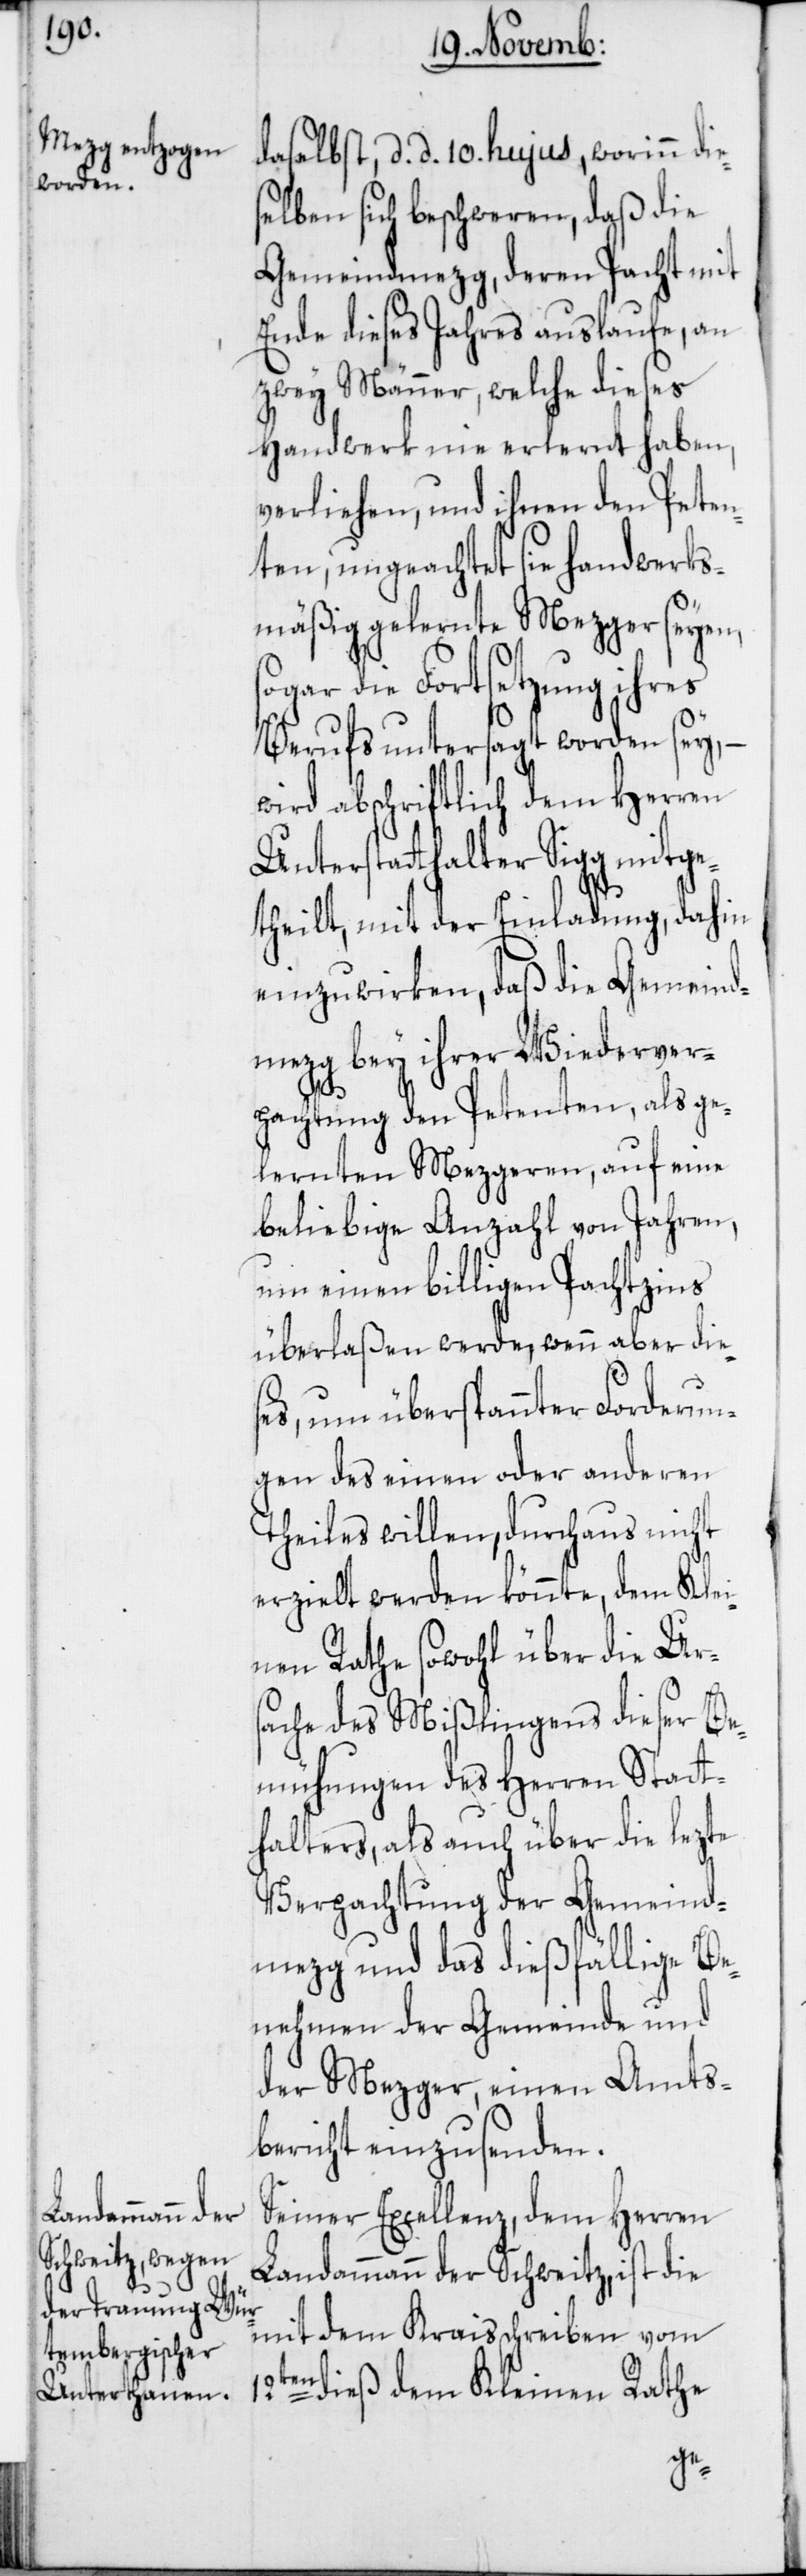
daselbst, d. d. 10ten hujus, worinn die¬
selben sich beschweren, daß die
Gemeindmezg, deren Pacht mit
Ende dieses Jahres auslaufe, an
zwey Männer, welche dieses
Handwerk nie erlernt haben,
verliehen, und ihnen den Peten¬
ten, ungeachtet sie handwerks¬
mäßig gelernte Mezger seyen,
sogar die Fortsetzung ihres
Berufs untersagt worden sey, –
wird abschriftlich dem Herren
Unterstatthalter Sigg mitge¬
theilt, mit der Einladung, dahin
einzuwirken, daß die Gemeind¬
mezg bey ihrer Wiederver¬
pachtung den Petenten, als ge¬
lernten Mezgeren, auf eine
beliebige Anzahl von Jahren,
um einen billigen Pachtzins
überlaßen werde, wenn aber dies¬
es, um überspannter Forderun¬
gen des einen oder anderen
Theiles willen, durchaus nicht
erzielt werden könnte, dem Klei¬
nen Rathe sowohl über die Ur¬
sache des Mißlingens dieser Be¬
mühungen des Herren Statt¬
halters, als auch über die lezte
Verpachtung der Gemeind¬
mezg und das dießfällige Be¬
nehmen der Gemeinde und
der Mezger, einen Amts¬
bericht einzusenden.
Seiner Excellenz, dem Herren
Landammann der Schweitz, ist die
mit dem Kraisschreiben vom
12ten dieß dem Kleinen Rathe